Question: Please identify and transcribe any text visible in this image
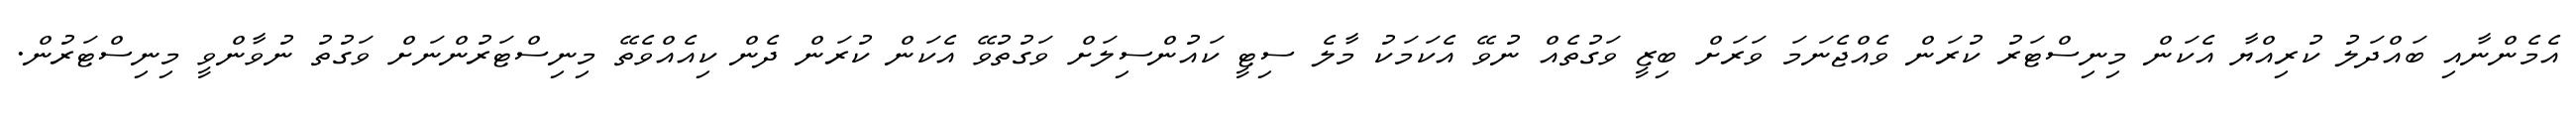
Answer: އެމެންނާއި ބައްދަލު ކުރިއްޔާ އެކަން މިނިސްޓަރު ކުރަން ވެއްޖެނަމަ ވަރަށް ބިޒީ ވަގުތެއް ނުވޭ އެކަމަކު މާލެ ސިޓީ ކައުންސިލަށް ވަގުތުވޭ އެކަން ކުރަން ދެން ކިއެއްވެތޭ މިނިސްޓަރުންނަށް ވަގުތު ނުވާންވީ މިނިސްޓަރުން.